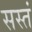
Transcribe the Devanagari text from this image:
सस्तं